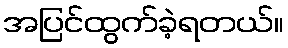
အပြင်ထွက်ခဲ့ရတယ်။